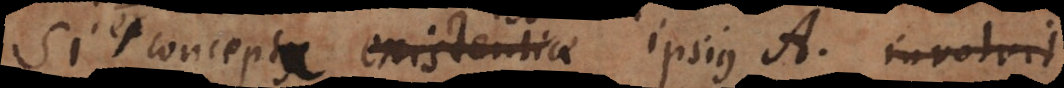
seu conceptus existentiae ipsius A involvit